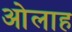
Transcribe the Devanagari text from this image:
ओलाह